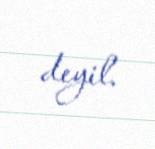
deyil.